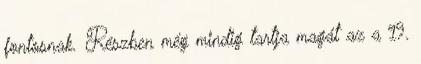
fontosnak. Részben még mindig tartja magát az a 19.